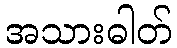
အသားဓါတ်